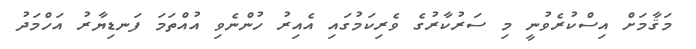
މަޤާމަށް އިސްކުރެވުނީ މި ސަރުކާރުގެ ވެރިކަމުގައި އެއިރު ހުންނެވި އުއްތަމަ ފަނޑިޔާރު އަހްމަދު